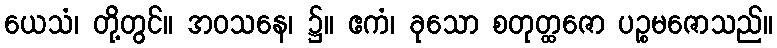
ယေသံ၊ တို့တွင်။ အဝသနေ၊ ၌။ ဧကံ၊ ခုသော စတုတ္ထဇော ပဉ္စမဇောသည်။